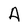
Character: A